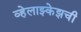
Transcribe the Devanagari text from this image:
व्हेलाझ्केझची